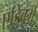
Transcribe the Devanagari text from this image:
एडिंबर्ग